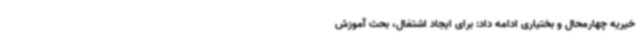
خیریه چهارمحال و بختیاری ادامه داد: برای ایجاد اشتغال، بحث آموزش